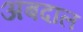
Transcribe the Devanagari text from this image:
अबदाल